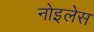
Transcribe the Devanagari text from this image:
नोइलेस